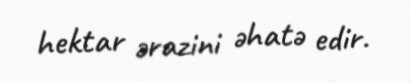
hektar ərazini əhatə edir.